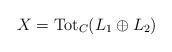
LaTeX: \begin{align*}X=\mathrm{Tot}_C(L_1 \oplus L_2)\end{align*}